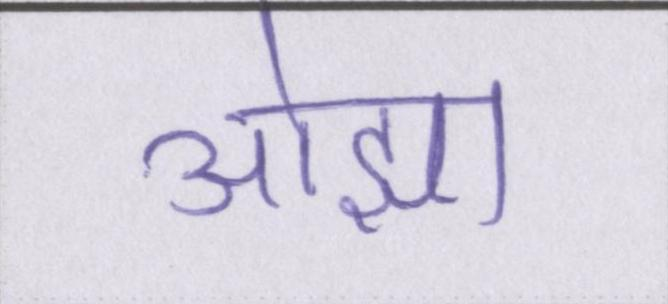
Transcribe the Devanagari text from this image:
ओझा